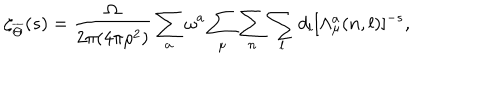
LaTeX: \zeta _ { \overline { { { \Theta } } } } ( s ) = { \frac { \Omega } { 2 \pi ( 4 \pi \rho ^ { 2 } ) } } \sum _ { a } \omega ^ { a } \sum _ { \mu } \sum _ { n } \sum _ { l } d _ { l } [ \Lambda _ { \mu } ^ { a } ( n , l ) ] ^ { - s } ,